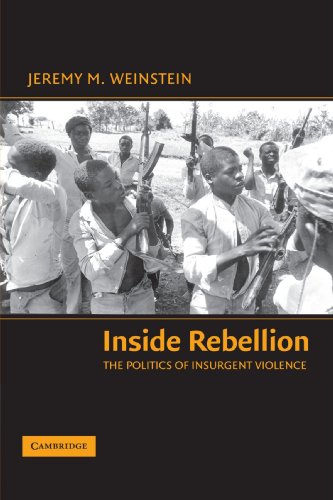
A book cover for Inside Rebellion: The Politics of Insurgent Violence (Cambridge Studies in Comparative Politics); Jeremy M. Weinstein; Law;